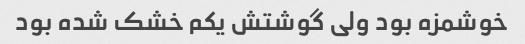
خوشمزه بود ولی گوشتش یکم خشک شده بود